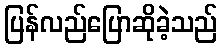
ပြန်လည်ပြောဆိုခဲ့သည်